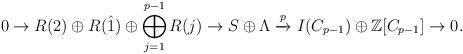
LaTeX: \begin{align*}0\rightarrow R(2)\oplus R(\hat{1}) \oplus\bigoplus_{j=1}^{p-1}R(j) \rightarrow S\oplus \Lambda \xrightarrow{p} I(C_{p-1})\oplus \mathbb{Z}[C_{p-1}]\rightarrow 0.\end{align*}